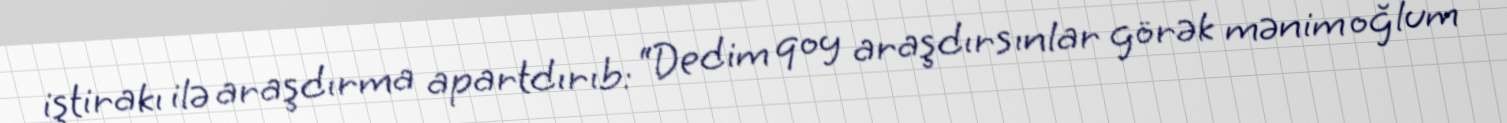
iştirakı ilə araşdırma apartdırıb: “Dedim qoy araşdırsınlar görək mənim oğlum